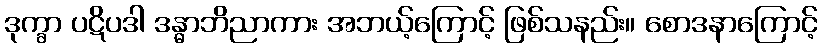
ဒုက္ခာ ပဋိပဒါ ဒန္ဓာဘိညာကား အဘယ့်ကြောင့် ဖြစ်သနည်း။ စောဒနာကြောင့်